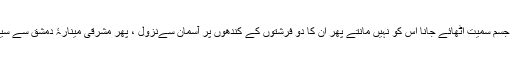
جیسے مرزائی وغیرہ مثلاً: عیسیٰ علیہ السلام کا جسم سمیت اٹھائے جانا اس کو نہیں مانتے پھر ان کا دو فرشتوں کے کندھوں پر آسمان سےنزول ، پھر مشرقی مینارۂ دمشق سے سیڑھی لگا کر زمین پر آنا اس سے بھی انکار ہے۔